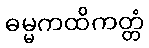
ဓမ္မကထိကတ္တံ